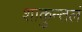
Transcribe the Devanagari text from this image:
शाकुन्तलं